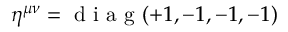
\eta ^ { \mu \nu } = \mathrm { ~ d ~ i ~ a ~ g ~ } ( + 1 , - 1 , - 1 , - 1 )